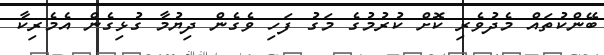
ބޭންކުތައް މެދުވެރި ކޮށް ކުރުމުގެ މަގު ފަހި ވެގެން ދިޔުމާ ގުޅިގެން އެމެރިކާ